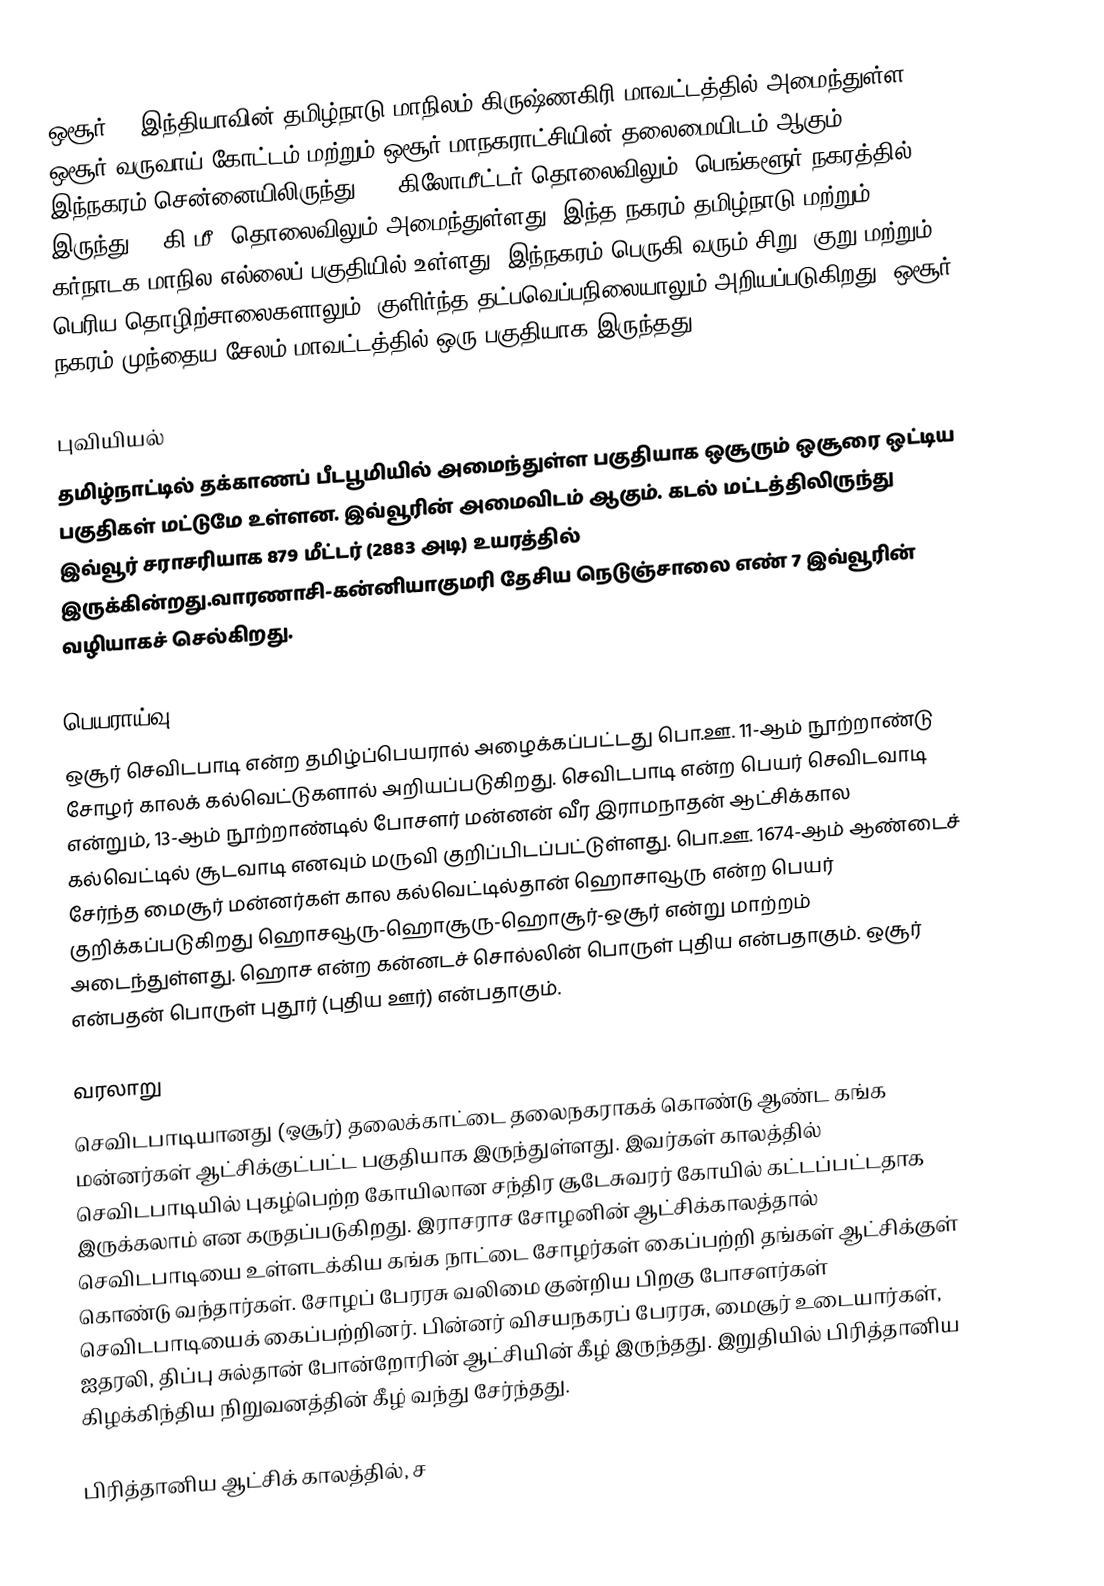
ஒசூர் () இந்தியாவின் தமிழ்நாடு மாநிலம் கிருஷ்ணகிரி மாவட்டத்தில் அமைந்துள்ள ஒசூர் வருவாய் கோட்டம்  மற்றும் ஒசூர் மாநகராட்சியின் தலைமையிடம் ஆகும். இந்நகரம் சென்னையிலிருந்து 306 கிலோமீட்டர் தொலைவிலும், பெங்களூர் நகரத்தில் இருந்து 40 கி.மீ. தொலைவிலும் அமைந்துள்ளது. இந்த நகரம் தமிழ்நாடு மற்றும் கர்நாடக மாநில எல்லைப் பகுதியில் உள்ளது. இந்நகரம் பெருகி வரும் சிறு, குறு மற்றும் பெரிய தொழிற்சாலைகளாலும், குளிர்ந்த தட்பவெப்பநிலையாலும் அறியப்படுகிறது. ஒசூர் நகரம் முந்தைய சேலம் மாவட்டத்தில் ஒரு பகுதியாக இருந்தது.

புவியியல்
தமிழ்நாட்டில் தக்காணப் பீடபூமியில் அமைந்துள்ள பகுதியாக ஒசூரும் ஒசூரை ஒட்டிய பகுதிகள் மட்டுமே உள்ளன. இவ்வூரின் அமைவிடம்  ஆகும். கடல் மட்டத்திலிருந்து இவ்வூர் சராசரியாக 879 மீட்டர் (2883  அடி) உயரத்தில் இருக்கின்றது.வாரணாசி-கன்னியாகுமரி தேசிய நெடுஞ்சாலை எண் 7 இவ்வூரின் வழியாகச் செல்கிறது.

பெயராய்வு
ஒசூர் செவிடபாடி என்ற தமிழ்ப்பெயரால் அழைக்கப்பட்டது பொ.ஊ. 11-ஆம் நூற்றாண்டு சோழர் காலக் கல்வெட்டுகளால் அறியப்படுகிறது. செவிடபாடி என்ற பெயர் செவிடவாடி என்றும், 13-ஆம் நூற்றாண்டில் போசளர் மன்னன் வீர இராமநாதன் ஆட்சிக்கால கல்வெட்டில் சூடவாடி எனவும் மருவி குறிப்பிடப்பட்டுள்ளது. பொ.ஊ. 1674-ஆம் ஆண்டைச் சேர்ந்த மைசூர் மன்னர்கள் கால கல்வெட்டில்தான் ஹொசாவூரு என்ற பெயர் குறிக்கப்படுகிறது  ஹொசவூரு-ஹொசூரு-ஹொசூர்-ஒசூர் என்று மாற்றம் அடைந்துள்ளது. ஹொச என்ற கன்னடச் சொல்லின் பொருள் புதிய என்பதாகும். ஒசூர் என்பதன் பொருள் புதூர் (புதிய ஊர்) என்பதாகும்.

வரலாறு
செவிடபாடியானது (ஒசூர்) தலைக்காட்டை தலைநகராகக் கொண்டு ஆண்ட கங்க மன்னர்கள் ஆட்சிக்குட்பட்ட பகுதியாக இருந்துள்ளது. இவர்கள் காலத்தில் செவிடபாடியில் புகழ்பெற்ற கோயிலான சந்திர சூடேசுவரர் கோயில் கட்டப்பட்டதாக இருக்கலாம் என கருதப்படுகிறது. இராசராச சோழனின் ஆட்சிக்காலத்தால் செவிடபாடியை உள்ளடக்கிய கங்க நாட்டை சோழர்கள் கைப்பற்றி தங்கள் ஆட்சிக்குள் கொண்டு வந்தார்கள். சோழப் பேரரசு வலிமை குன்றிய பிறகு போசளர்கள் செவிடபாடியைக் கைப்பற்றினர். பின்னர் விசயநகரப் பேரரசு, மைசூர் உடையார்கள், ஐதரலி, திப்பு சுல்தான் போன்றோரின் ஆட்சியின் கீழ் இருந்தது. இறுதியில் பிரித்தானிய கிழக்கிந்திய நிறுவனத்தின் கீழ் வந்து சேர்ந்தது.

பிரித்தானிய ஆட்சிக் காலத்தில், ச